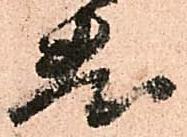
敷